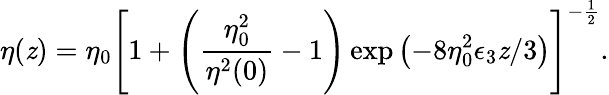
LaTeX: \eta(\mathit{z})=\eta_{0}\left[1+\left(\frac{{\eta_{0}^{2}}}{{\eta^{2}(0)}}-1\right)\exp\left(-8\eta_{0}^{2}\epsilon_{3}\mathit{z}/3\right)\right]^{-\frac{{1}}{{2}}}.